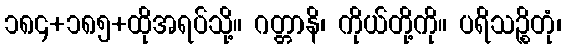
၁၈၄+၁၈၅+ထိုအရပ်သို့။ ဂတ္တာနိ၊ ကိုယ်တို့ကို။ ပရိသဉ္စိတုံ၊